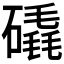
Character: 𥕹